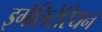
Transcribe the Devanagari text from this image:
इगेलिटेरियन